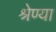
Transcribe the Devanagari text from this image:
श्रेण्या